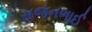
સજનભાઈ